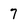
Character: 7